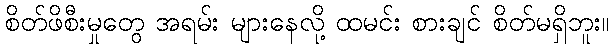
စိတ်ဖိစီးမှုတွေ အရမ်း များနေလို့ ထမင်း စားချင် စိတ်မရှိဘူး။